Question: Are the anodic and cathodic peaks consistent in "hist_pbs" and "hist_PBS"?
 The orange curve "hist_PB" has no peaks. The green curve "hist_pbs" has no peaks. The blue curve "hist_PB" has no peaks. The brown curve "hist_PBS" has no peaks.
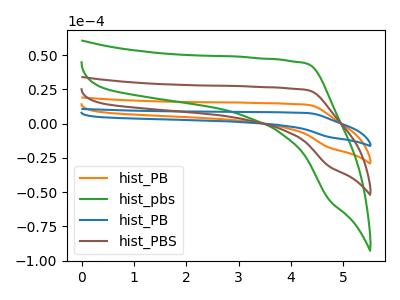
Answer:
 <answer>Niether CV has any peaks.</answer>
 <eval>blanks</eval>